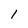
Character: 1